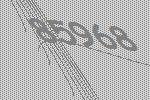
85968